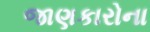
જાણકારોના